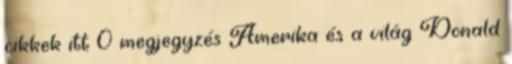
cikkek itt 0 megjegyzés Amerika és a világ Donald